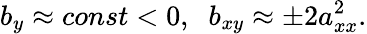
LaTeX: b_{y}\approx const<0,\; \; b_{xy}\approx\pm 2a_{xx}^{2}.